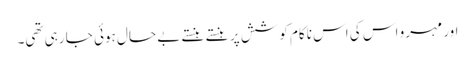
اور مہرو اس کی اس ناکام کوشش پر ہنستے ہنستے بے حال ہوئی جا رہی تھی۔